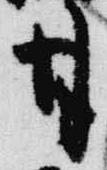
甘